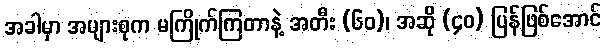
အခါမှာ အများစုက မကြိုက်ကြတာနဲ့ အတီး (၆၀)၊ အဆို (၄၀) ပြန်ဖြစ်အောင်